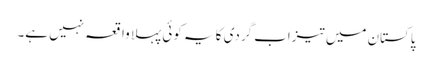
پاکستان میں تیزاب گردی کا یہ کوئی پہلا واقعہ نہیں ہے۔